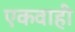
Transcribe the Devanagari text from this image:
एकवाही